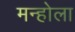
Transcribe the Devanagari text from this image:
मन्होला